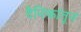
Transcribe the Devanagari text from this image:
दैनिकांतून